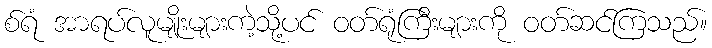
စ်ရံ အာရပ်လူမျိုးများကဲ့သို့ပင် ဝတ်ရုံကြီးများကို ဝတ်ဆင်ကြသည်။